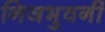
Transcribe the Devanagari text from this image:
निजभुवनीं